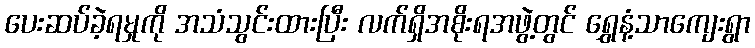
ပေးဆပ်ခဲ့ရမှုကို အသံသွင်းထားပြီး လက်ရှိအစိုးရအဖွဲ့တွင် ရွှေနံ့သာကျေးရွာ